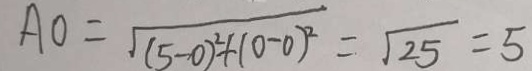
A O = \sqrt { ( 5 - 0 ) ^ { 2 } + ( 0 - 0 ) ^ { 2 } } = \sqrt { 2 5 } = 5